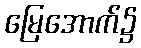
မြေအောက်၌